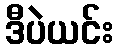
ဒီပဲယင်း